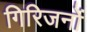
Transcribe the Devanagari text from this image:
गिरिजनों